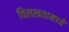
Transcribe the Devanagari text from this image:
चिलखतामध्ये